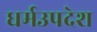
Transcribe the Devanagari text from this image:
धर्मउपदेश